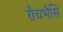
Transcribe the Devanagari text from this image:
रौचभैसि